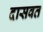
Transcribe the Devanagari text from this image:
दासवत